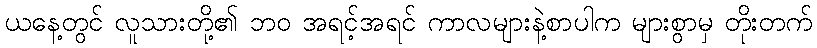
ယနေ့တွင် လူသားတို့၏ ဘဝ အရင့်အရင် ကာလများနဲ့စာပါက များစွာမှ တိုးတက်